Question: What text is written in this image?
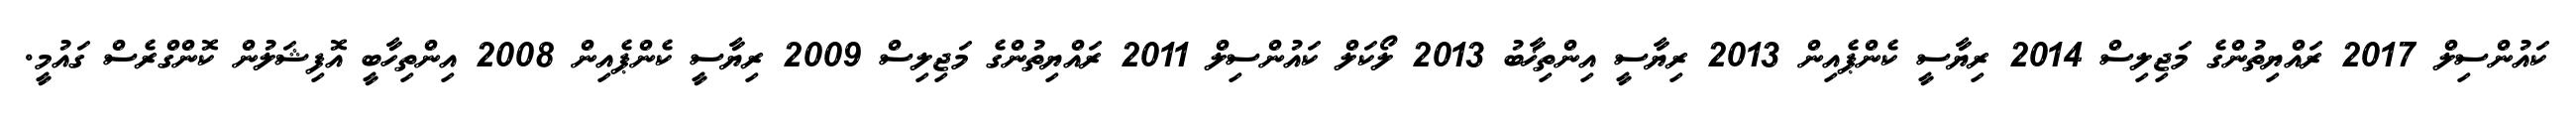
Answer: ކައުންސިލް 2017 ރައްޔިތުންގެ މަޖިލިސް 2014 ރިޔާސީ ކެންޕެއިން 2013 ރިޔާސީ އިންތިޚާބު 2013 ލޯކަލް ކައުންސިލް 2011 ރައްޔިތުންގެ މަޖިލިސް 2009 ރިޔާސީ ކެންޕެއިން 2008 އިންތިހާބީ އޮފިޝަލުން ކޮންގްރެސް ގައުމީ.